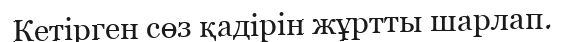
Кетірген сөз қадірін жұртты шарлап.